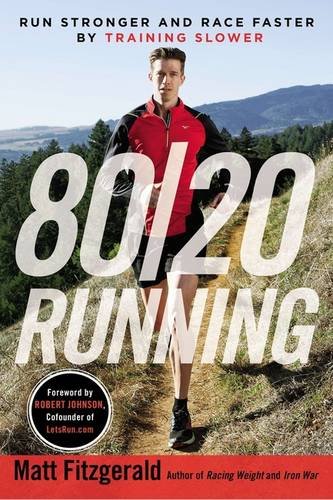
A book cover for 80/20 Running: Run Stronger and Race Faster By Training Slower; Matt Fitzgerald; Health, Fitness & Dieting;